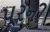
પૂરની